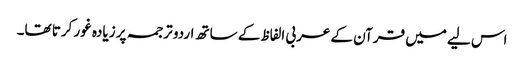
اس لیے میں قرآن کے عربی الفاظ کے ساتھ اردو ترجمہ پر زیادہ غور کرتا تھا۔